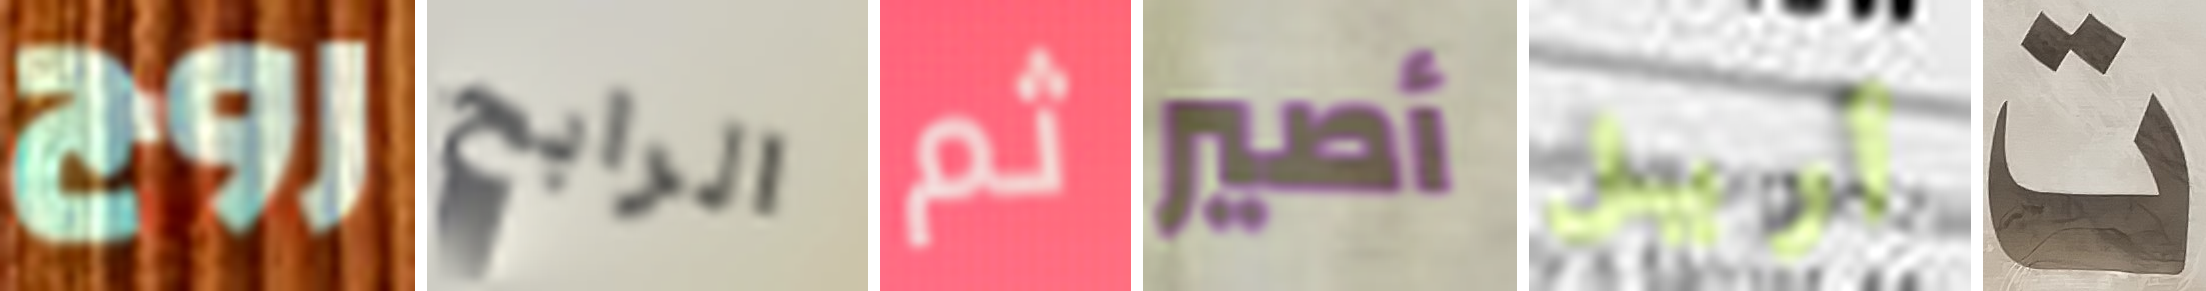
روج الرابح ثم أصير أريل ت